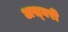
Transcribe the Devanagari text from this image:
अस्घरी